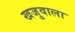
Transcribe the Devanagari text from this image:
खजुवाला